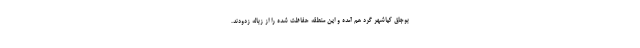
بوجاق کیاشهر گرد هم آمده و این منطقه حفاظت شده را از زباله زدودند.